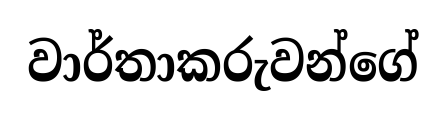
වාර්තාකරුවන්ගේ